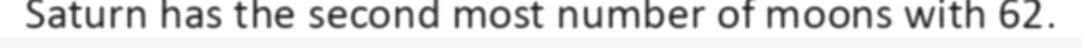
Saturn has the second most number of moons with 62.